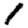
Digit: 1